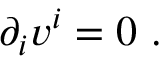
\begin{array} { r } { \partial _ { i } v ^ { i } = 0 \ . } \end{array}